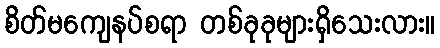
စိတ်မကျေနပ်စရာ တစ်ခုခုများရှိသေးလား။